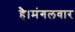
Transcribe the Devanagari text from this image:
है।मंगलवार